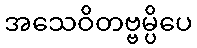
အသေဝိတဗ္ဗမ္ပိပေ